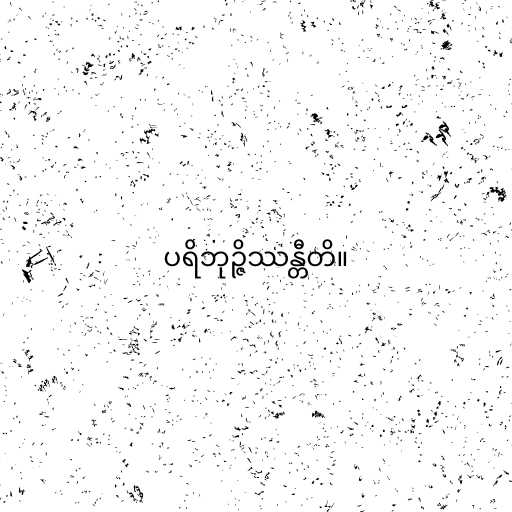
ပရိဘုဉ္ဇိဿန္တီတိ။